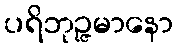
ပရိဘုဉ္ဇမာနော